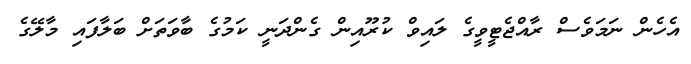
އެހެން ނަމަވެސް ރާއްޖެޓީވީގެ ލައިވް ކުރޫއިން ގެންދަނީ ކަމުގެ ބާވަތަށް ބަލާފައި މާލޭގެ